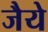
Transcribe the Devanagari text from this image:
जैये